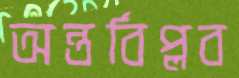
অন্তর্বিপ্লব